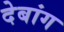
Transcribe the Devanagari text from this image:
देबांग